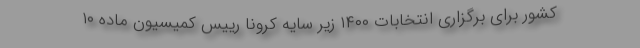
کشور برای برگزاری انتخابات ۱۴۰۰ زیر سایه کرونا رییس کمیسیون ماده ۱۰